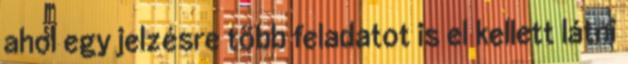
ahol egy jelzésre több feladatot is el kellett látni